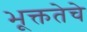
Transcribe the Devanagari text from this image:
भूक्ततेचे